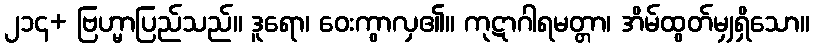
၂၁၄+ ဗြဟ္မာပြည်သည်။ ဒူရော၊ ဝေးကွာလှ၏။ ကုဋာဂါရမတ္တာ၊ အိမ်ထွတ်မျှရှိသော။